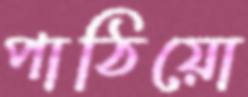
পাঠিয়ো